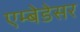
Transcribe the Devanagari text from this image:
एम्बेडेसर